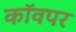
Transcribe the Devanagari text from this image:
कॉवपर